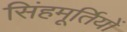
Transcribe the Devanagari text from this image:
सिंहमूर्तियों